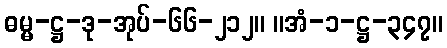
ဓမ္မ-ဋ္ဌ-ဒု-အုပ်-၆၆-၂၁၂။ ။အံ-၁-ဋ္ဌ-၃၄၇။